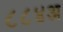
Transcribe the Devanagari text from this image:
८८४अ